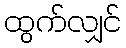
ထွက်လျှင်